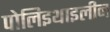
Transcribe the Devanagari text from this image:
पोलिइथाइलीन